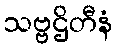
သဗ္ဗဌိတီနံ